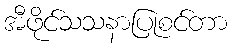
အီဖိုင်သသနာပြုစင်တာ